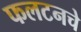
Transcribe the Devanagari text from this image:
फलटनचे